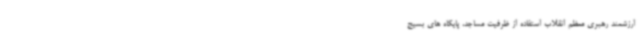
ارزشمند رهبری معظم انقلاب استفاده از ظرفیت مساجد، پایگاه های بسیج